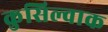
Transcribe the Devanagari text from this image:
कुसिल्वाक